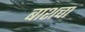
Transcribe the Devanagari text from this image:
बाशचा